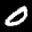
Label: 0